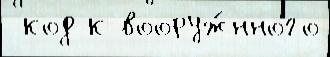
 код к вооруж́нного